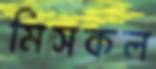
মিসকল